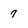
Character: 7